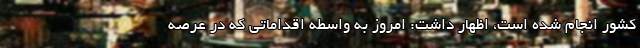
کشور انجام شده است، اظهار داشت: امروز به واسطه اقداماتی که در عرصه